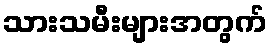
သားသမီးများအတွက်